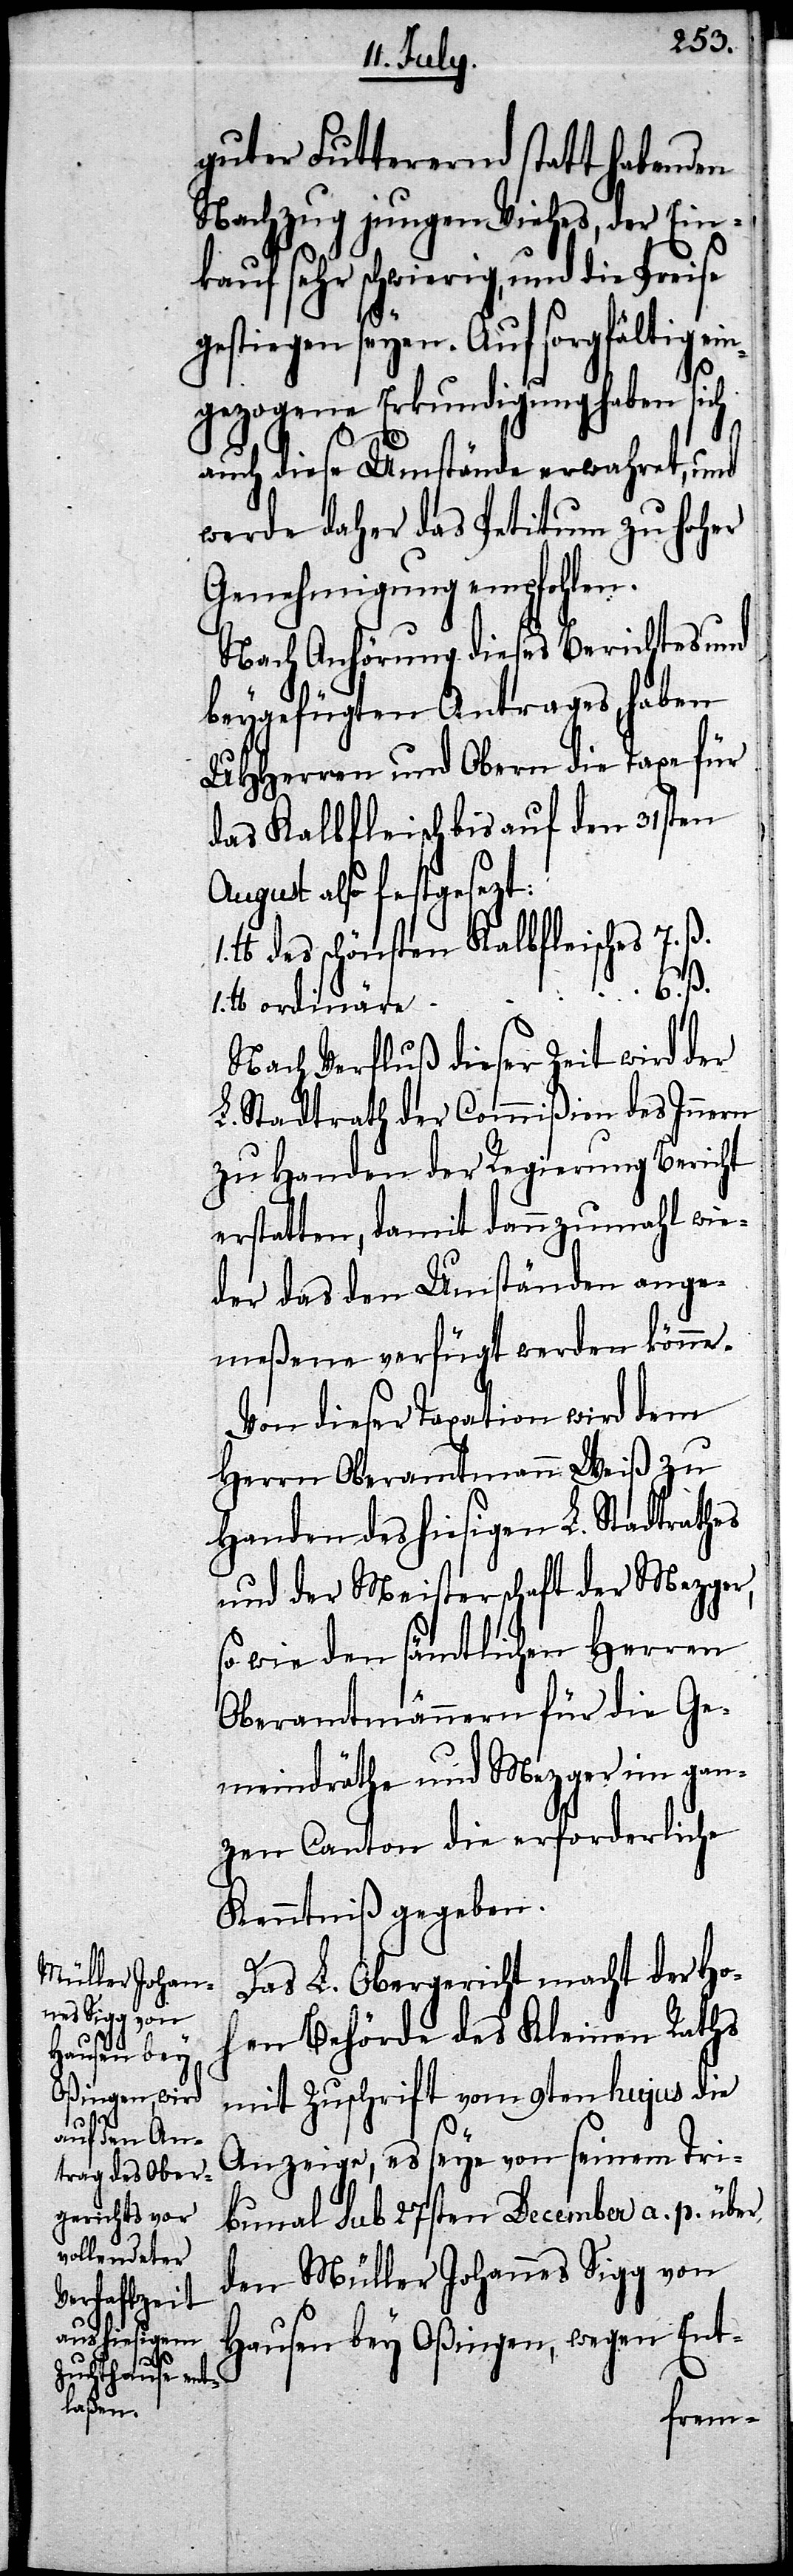
ein¬

guter Futterernd statt habenden
Nachzug jungen Viehes, der Ein¬
kauf sehr schwierig, und die Preise
gestiegen seyen. Auf sorgfältig
gezogene Erkundigung haben sich
auch diese Umstände erwahret, und
werde daher das Petitum zu Hoher
Genehmigung empfohlen.
Nach Anhörung dieses Berichtes und
beygefügten Antrages, haben
UHHerren und Obern die Taxe für
das Kalbfleisch bis auf den 31sten
August also festgesezt:
lb. des schönsten Kalbfleisches 7. ß.
6. ß.
1.
lb. ordinäre
Nach Verfluß dieser Zeit wird der
L. Stadtrath der Commißion des Innern
zu Handen der Regierung Bericht
erstatten, damit dannzumahl wie¬
der das den Umständen ange¬
meßene verfügt werden könne.
Von dieser Taxation wird dem
Herrn Oberamtmann Weiß zu
Handen des hiesigen L. Stadtrathes
und der Meisterschaft der Mezger,
wie den sämtlichen Herren
Oberamtmännern für die Ge¬
meindräthe und Mezger im gan¬
zen Canton die erforderliche
Kenntniß gegeben.
Das L. Obergericht macht der Ho¬
hen Behörde des Kleinen Raths
mit Zuschrift vom 9ten hujus die
Anzeige, es seye von seinem Tri¬
bunal sub 27sten December a. p. über
den Müller Johannes Sipp von
Hausen bey Oßingen, wegen Ent-